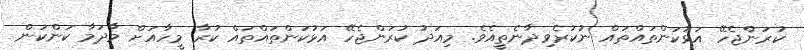
ކުރަންޖެހޭ އަޅުކަންތައްތައް ނުކުރެވިދާނެތީއެވެ. މިއަދު ކުރަންޖެހޭ އަޅުކަންތައްތައް ކުރާ މީހާއަށް މާދަމާ ކަންކަން